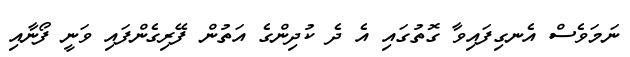
ނަމަވެސް އެނގިފައިވާ ގޮތުގައި އެ ދެ ކުދިންގެ އަތުން ފޭރިގެންފައި ވަނީ ފޯނާއި